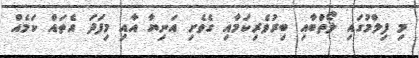
މި ފިލްމުގައި ލޯތަްބާއި ބިރުވެރިކަމާއި ގެވެށި އަނިޔާ އާއި މިފަދަ އެތައް ކަމެއް